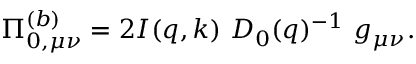
\Pi _ { 0 , \mu \nu } ^ { ( b ) } = 2 I ( q , k ) \ D _ { 0 } ( q ) ^ { - 1 } \ g _ { \mu \nu } .